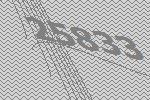
25833